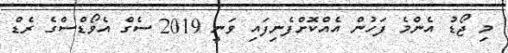
މި ޖޯޑު އެންމެ ފަހުން އެއްކޮށްފެނިފައި ވަނީ 2019 ސެގް އެވޯޑްސްގެ ރެޑް